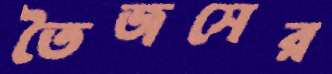
তৈজসের